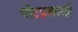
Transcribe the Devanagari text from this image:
पोटप्रकारही